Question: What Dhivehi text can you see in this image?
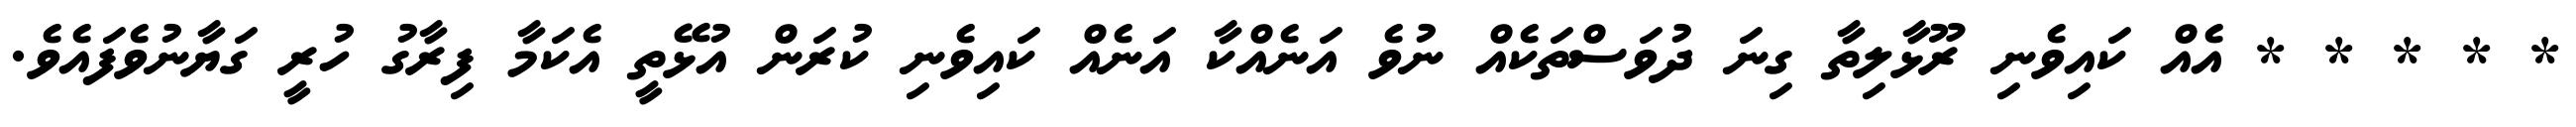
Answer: * * * * * އެއް ކައިވެނި ރޫޅާލިތާ ގިނަ ދުވަސްތަކެއް ނުވެ އަނެއްކާ އަނެއް ކައިވެނި ކުރަން އުޅޭތީ އެކަމާ ފިރާގު ހުރީ ގަޔާނުވެފައެވެ.